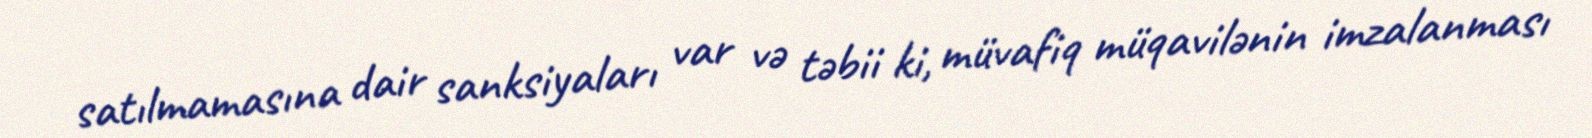
satılmamasına dair sanksiyaları var və təbii ki, müvafiq müqavilənin imzalanması